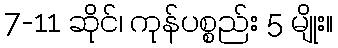
7-11 ဆိုင်၊ ကုန်ပစ္စည်း 5 မျိုး။